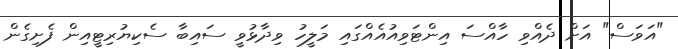
"އަވަސް" އަށް ދެއްވި ހާއްސަ އިންޓަވިއުއެއްގައި މަލީހު ވިދާޅުވީ ސައިބާ ސެކިޔުރިޓީއިން ފެށިގެން